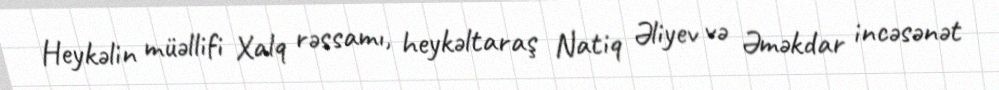
Heykəlin müəllifi Xalq rəssamı, heykəltaraş Natiq Əliyev və Əməkdar incəsənət